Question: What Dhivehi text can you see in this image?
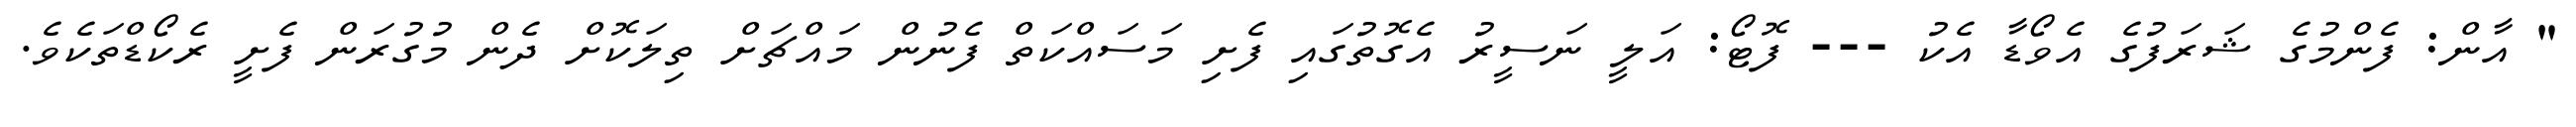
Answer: " އާން: ފެންމުގެ ޝަރަފުގެ އެވޯޑާ އެކު --- ފޮޓޯ: އަލީ ނަސީރު އެގޮތުގައި ފެށި މަސައްކަތް ފެނުން މައްޗަށް ތިލަކޮށް ދެން މުގުރަން ފެށީ ރެކޯޑްތަކެވެ.